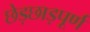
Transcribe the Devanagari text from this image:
छेड़छाड़पूर्ण